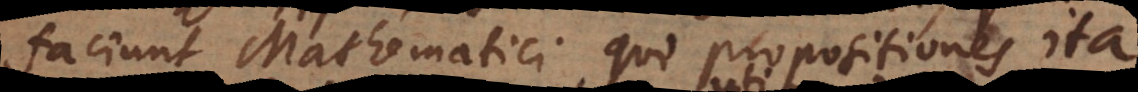
faciunt Mathematici, qui propositiones ita